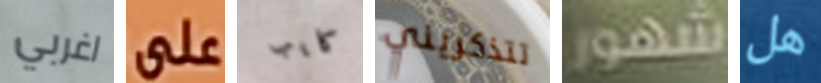
اغربي على كايب تتذكريني شهور هل